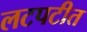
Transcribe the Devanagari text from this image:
लटपटीत